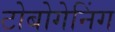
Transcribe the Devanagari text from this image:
टोबोगेनिंग